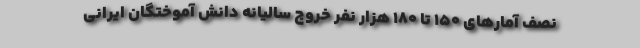
نصف آمارهای ۱۵۰ تا ۱۸۰ هزار نفر خروج سالیانه دانش آموختگان ایرانی